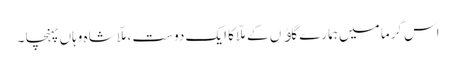
اس گرما میں ہمارے گاﺅں کے ملّا کا ایک دوست ،ملّا شاہ وہاں پہنچا ۔